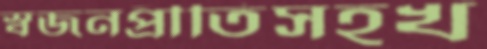
স্বজনপ্রীতিসহখ